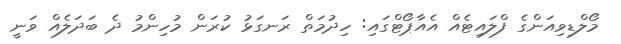
މޯލްޑިވިއަންގެ ފްލައިޓެއް އެއާޕޯޓްގައި: ހިދުމަތް ރަނގަޅު ކުރަން މުހިންމު ދެ ބަދަލެއް ވަނީ